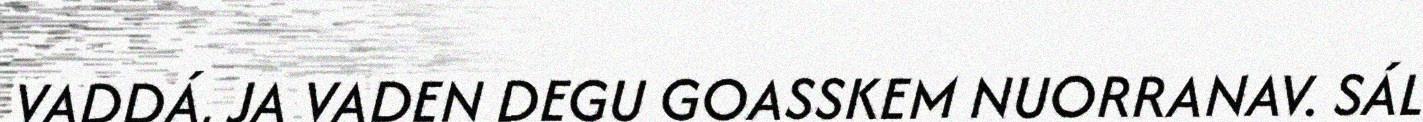
VADDÁ, JA VADEN DEGU GOASSKEM NUORRANAV. SÁL